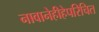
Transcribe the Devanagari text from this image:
नावानेहीहेपरिचित